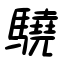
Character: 驍